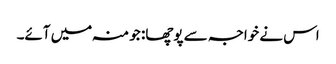
اس نے خواجہ سے پوچھا: جو منہ میں آئے۔